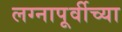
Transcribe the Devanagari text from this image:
लग्नापूर्वीच्या